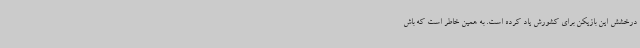
درخشش این بازیکن برای کشورش یاد کرده است. به همین خاطر است که باش